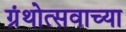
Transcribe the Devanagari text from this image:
ग्रंथोत्सवाच्या